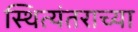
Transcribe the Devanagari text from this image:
स्थित्यंतराच्या